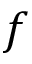
f